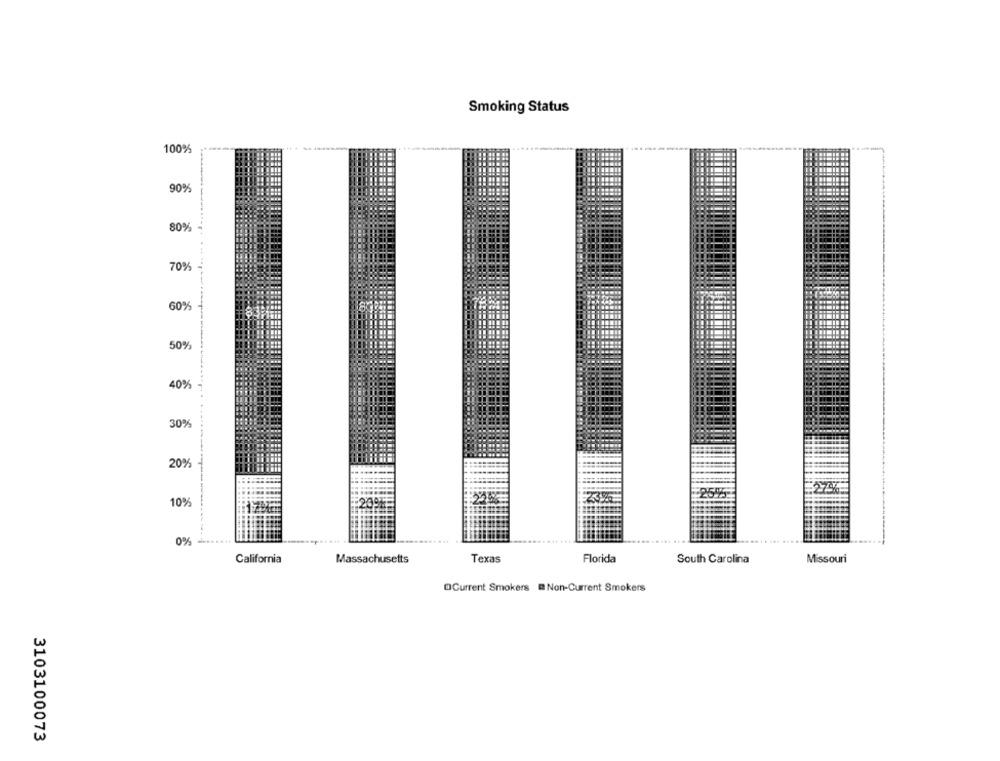
Smoking Status
100%
90%
80%
70%
60%
50%
40%
30%
20%
27%
10%
0%
California
Massachusetts
Texas
Florida
South Carolina
Missouri
OCurrent Smokers @ Non-Current Smokers
3103100073